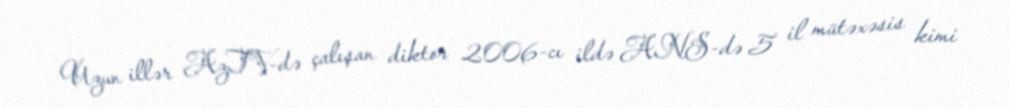
Uzun illər AzTV-də çalışan diktor 2006-cı ildə ANS-də 5 il mütəxəsis kimi